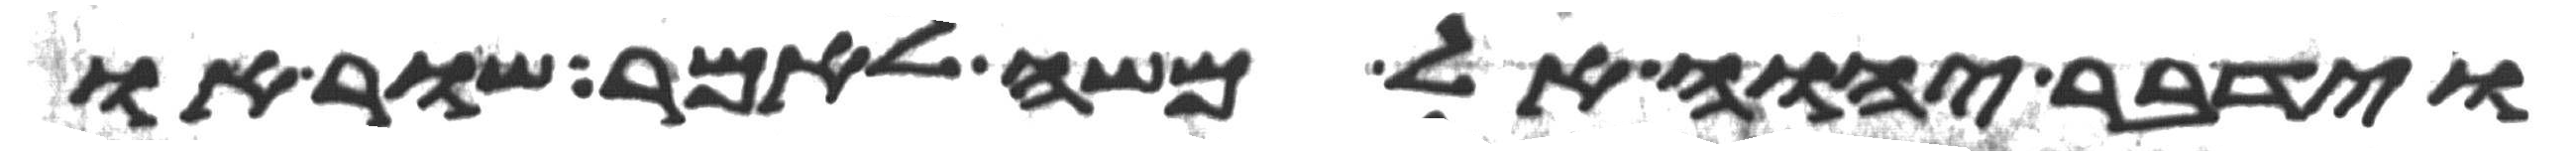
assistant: וידבר יהוה אל משה לאמר שור או